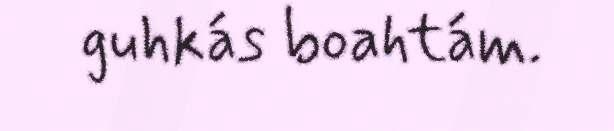
guhkás boahtám.